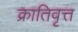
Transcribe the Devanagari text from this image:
क्रातिवृत्त